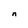
Character: n